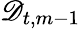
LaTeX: \mathscr{D}_{t,m-1}